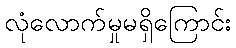
လုံလောက်မှုမရှိကြောင်း